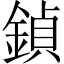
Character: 鍞